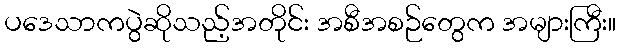
ပဒေသာကပွဲဆိုသည့်အတိုင်း အစီအစဉ်တွေက အများကြီး။